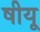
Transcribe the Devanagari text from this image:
षीयू